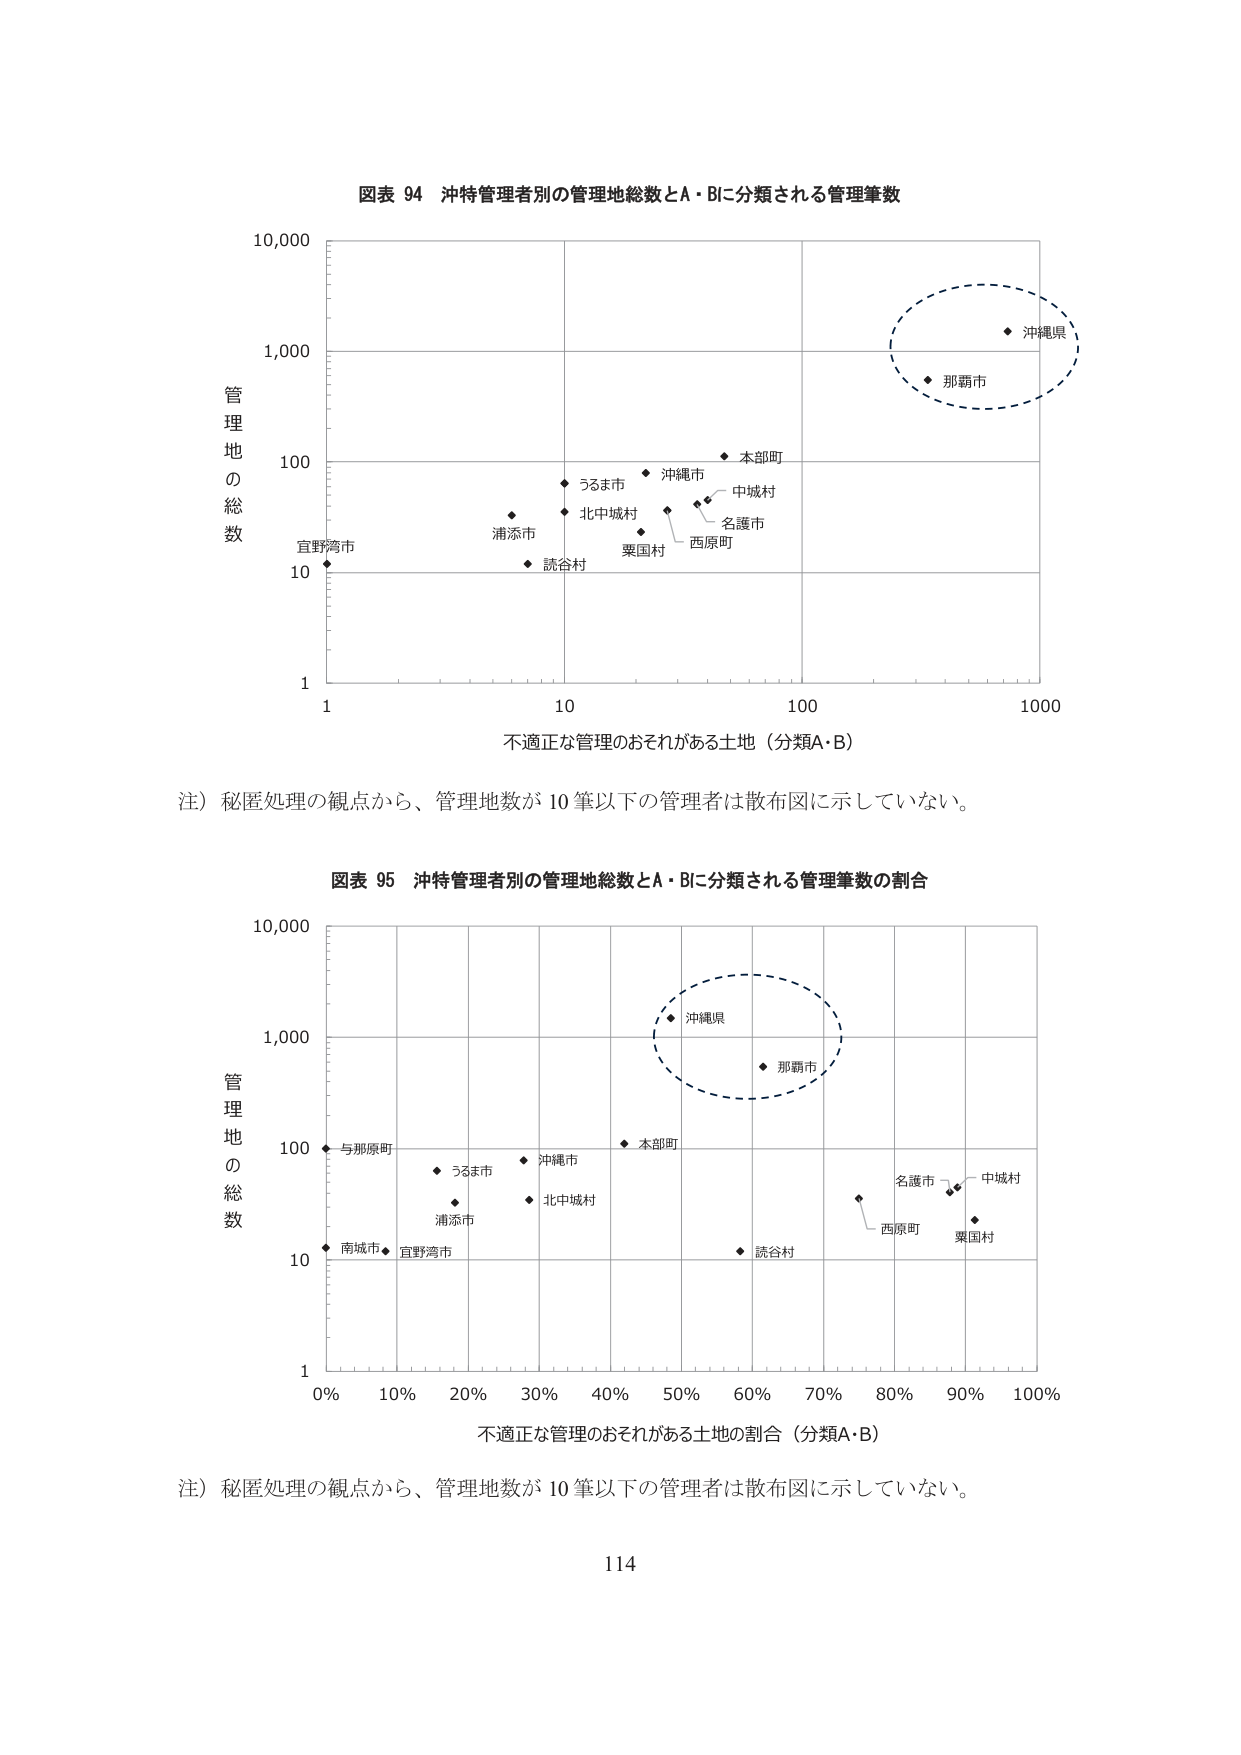
図表 94 沖特管理者別の管理地総数とA・Bに分類される管理筆数

管理地の総数
10,000
1,000
100
10
1

不適正な管理のおそれがある土地（分類A・B）
1
10
100
1000

宜野湾市
浦添市
読谷村
うるま市
北中城村
粟国村
沖縄市
中城村
名護市
西原町
本部町
那覇市
沖縄県

注）秘匿処理の観点から、管理地数が10筆以下の管理者は散布図に示していない。

図表 95 沖特管理者別の管理地総数とA・Bに分類される管理筆数の割合

管理地の総数
10,000
1,000
100
10
1

不適正な管理のおそれがある土地の割合（分類A・B）
0% 10% 20% 30% 40% 50% 60% 70% 80% 90% 100%

与那原町
うるま市
沖縄市
本部町
南城市
宜野湾市
浦添市
北中城村
読谷村
名護市
西原町
中城村
粟国村
那覇市
沖縄県

注）秘匿処理の観点から、管理地数が10筆以下の管理者は散布図に示していない。

114